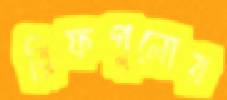
রিফগুলোর